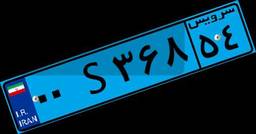
۹۴S۳۰۹۰۶